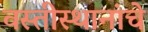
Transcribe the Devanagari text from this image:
वस्तीस्थानांचे